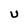
Character: U